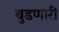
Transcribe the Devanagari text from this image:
बुडणारी